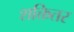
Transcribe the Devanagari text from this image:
शक्तितर